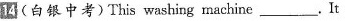
I4(白银中考)This washing machine___.It